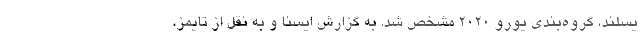
یسلند، گروه‌بندی یورو ۲۰۲۰ مشخص شد. به گزارش ایسنا و به نقل از تایمز،